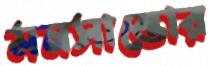
মনসান্তোর